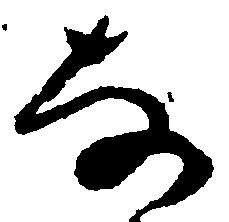
な